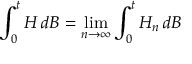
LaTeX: \int _ { 0 } ^ { t } H \, d B = \operatorname* { l i m } _ { n \to \infty } \int _ { 0 } ^ { t } H _ { n } \, d B